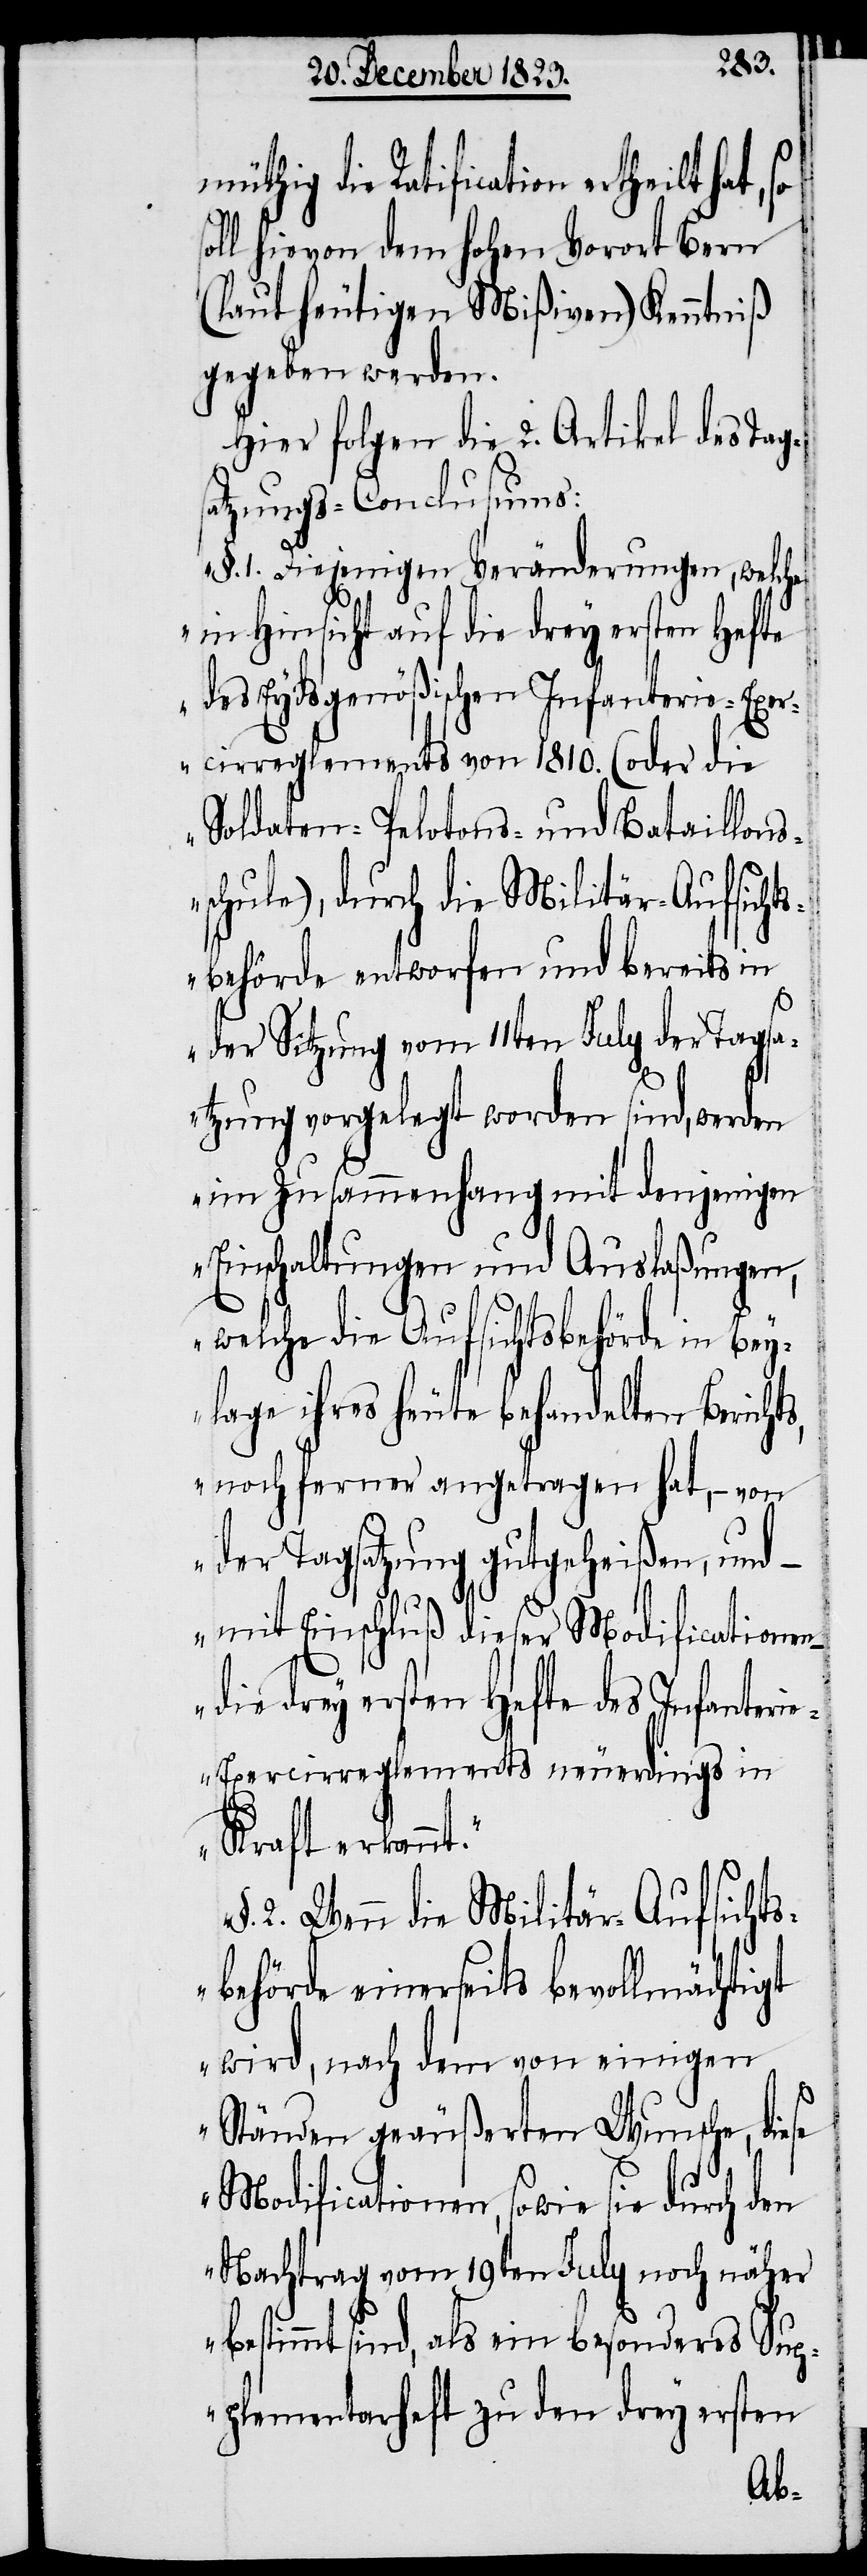
müthig die Ratificaton ertheilt hat,
ll hievon dem hohen Vorort Bern
(laut heutigen Mißiven) Kenntniß
gegeben werden.
Hier folgen die 2. Artikel des Tag¬
satzungs-Conclusums:
„§. 1. Diejenigen Veränderungen, welche
in Hinsicht auf die drey ersten Hefte
des Eydsgenößischen Infanterie-Exer¬
cirreglements von 1810. (oder die
Soldaten- Pelotons- und Bataillons¬
schule), durch die Militär-Aufsichts¬
behörde entworfen und bereits in
s,
der Sitzung vom 11ten July der Tagsa¬
tzung vorgelegt worden sind, werden
im Zusammenhang mit denjenigen
Einschaltungen und Auslaßungen,
welche die Aufsichtsbehörde in Bey¬
lage ihres heute behandelten Bericht¬
noch ferner angetragen hat, − von
der Tagsatzung gutgeheißen, und –
mit Einschluß dieser Modificationen
die drey ersten Hefte des Infanteri¬
e-Exercirreglements neuerdings in
so¬
Kraft erkannt.“
2. Wenn die Militär-Aufsichts¬
behörde einerseits bevollmächtigt
wird, nach dem von einigen
Ständen geäußerten Wunsche, diese
Modificationen, sowie sie durch den
Nachtrag vom 19ten July noch näher
bestimmt sind, als ein besonderes Sup¬
plementarheft zu den drey ersten